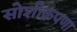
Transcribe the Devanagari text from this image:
सोशीकपणा